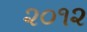
૨૦૧૨